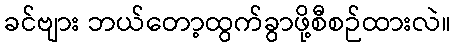
ခင်ဗျား ဘယ်တော့ထွက်ခွာဖို့စီစဉ်ထားလဲ။